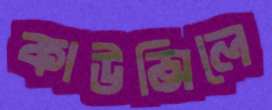
কাউন্সিলে